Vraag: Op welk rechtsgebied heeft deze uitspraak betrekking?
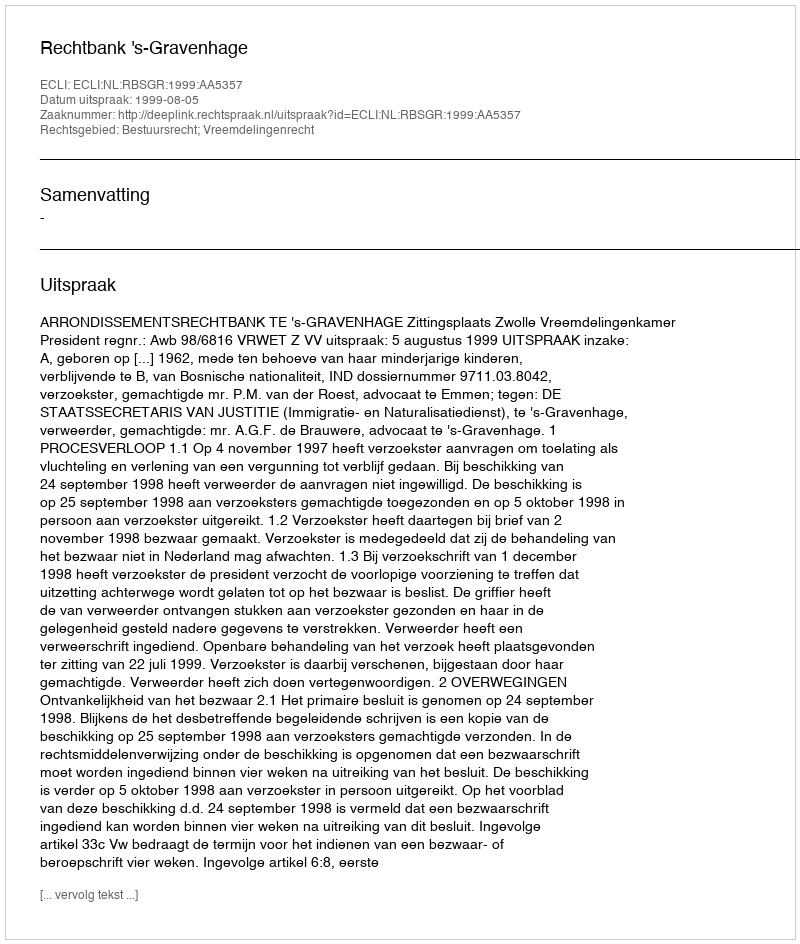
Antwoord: Bestuursrecht; Vreemdelingenrecht